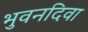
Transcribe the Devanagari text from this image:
भुवनदिवा